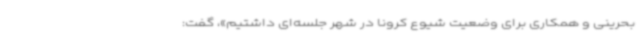
بحرینی و همکاری برای وضعیت شیوع کرونا در شهر جلسه‌ای داشتیم»، گفت: